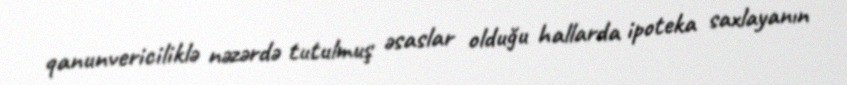
qanunvericiliklə nəzərdə tutulmuş əsaslar olduğu hallarda ipoteka saxlayanın